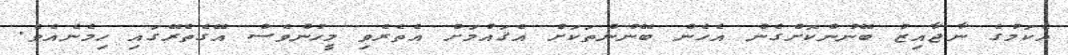
އެކަމުގެ ނާޖާއިޒު ބޭނުންކޮށްގެން އެހެން ބޭނުންތަކަށް އެޤައުމަށް އެތެރެވި މީހުންވެސް އޭގެތެރޭގައި ހިމެނެއެވެ.